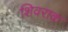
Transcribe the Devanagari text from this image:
शिवराक